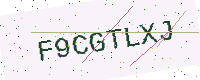
Text: F9CGTLXJ